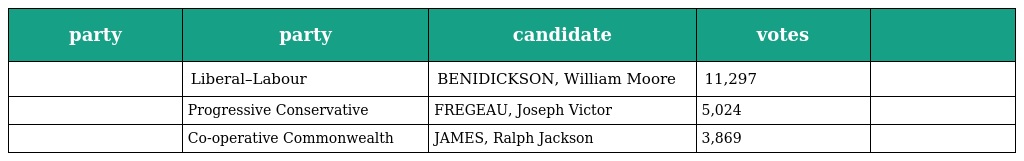
| party | party | candidate | votes |  |
 | --- | --- | --- | --- | --- |
 |  | Liberal–Labour | BENIDICKSON, William Moore | 11,297 |  |
 |  | Progressive Conservative | FREGEAU, Joseph Victor | 5,024 |  |
 |  | Co-operative Commonwealth | JAMES, Ralph Jackson | 3,869 |  |